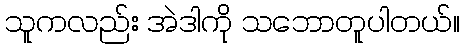
သူကလည်း အဲဒါကို သဘောတူပါတယ်။